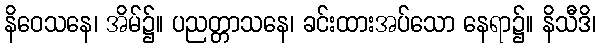
နိဝေသနေ၊ အိမ်၌။ ပညတ္တာသနေ၊ ခင်းထားအပ်သော နေရာ၌။ နိသီဒိ၊